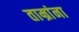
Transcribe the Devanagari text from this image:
ताम्रांना